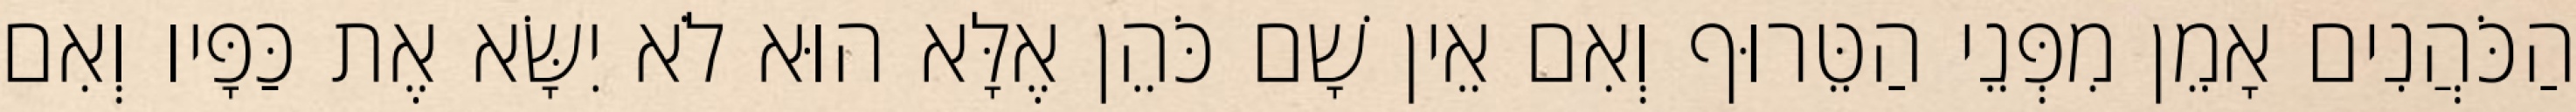
הַכֹּהֲנִים אָמֵן מִפְּנֵי הַטֵּרוּף וְאִם אֵין שָׁם כֹּהֵן אֶלָּא הוּא לֹא יִשָּׂא אֶת כַּפָּיו וְאִם